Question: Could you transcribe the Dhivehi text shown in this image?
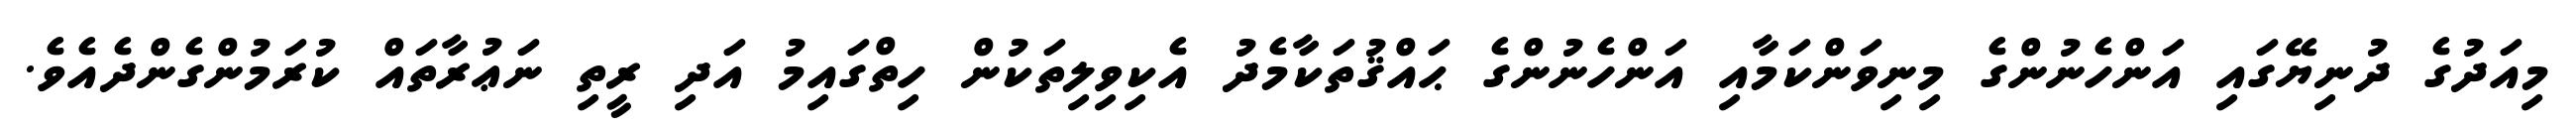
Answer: މިއަދުގެ ދުނިޔޭގައި އަންހެނުންގެ މިނިވަންކަމާއި އަންހެނުންގެ ޙައްޤުތަކާމެދު އެކިވިލިތަކުން ހިތްގައިމު އަދި ރީތި ނަޢުރާތައް ކުރަމުންގެންދެއެވެ.